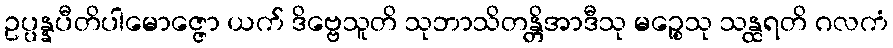
ဥပ္ပန္နပီတိပါမောဇ္ဇော ယက် ဒိဗ္ဗေသူတိ သုဘာသိတန္တိအာဒီသု မဉ္စေသု သန္ထရတိ ဂလကံ